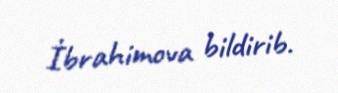
İbrahimova bildirib.